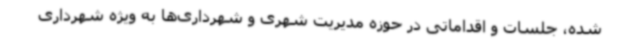
شده، جلسات و اقداماتی در حوزه مدیریت شهری و شهرداری‌ها به ویژه شهرداری